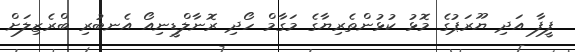
ފީފާ އަދި ޔޫރަޕުގެ މޮޅު ކުޅުންތެރިޔާގެ މަގާމް ހޯދި ރޮނާލްޑީނިއޯ އެނބުރި ބްރެޒިލަށް